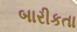
બારીકતા